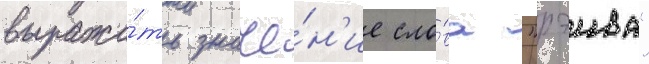
выража́ть значе́н'ие сло́ва "рэива"